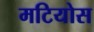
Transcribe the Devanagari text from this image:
मटियोस